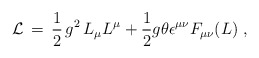
\begin{align*}{\cal L} \,=\, \frac{1}{2} \, g^2 \, L_{\mu} L^{\mu} + \frac{1}{2}g \theta \epsilon^{\mu \nu} F_{\mu \nu} (L) \;,\end{align*}